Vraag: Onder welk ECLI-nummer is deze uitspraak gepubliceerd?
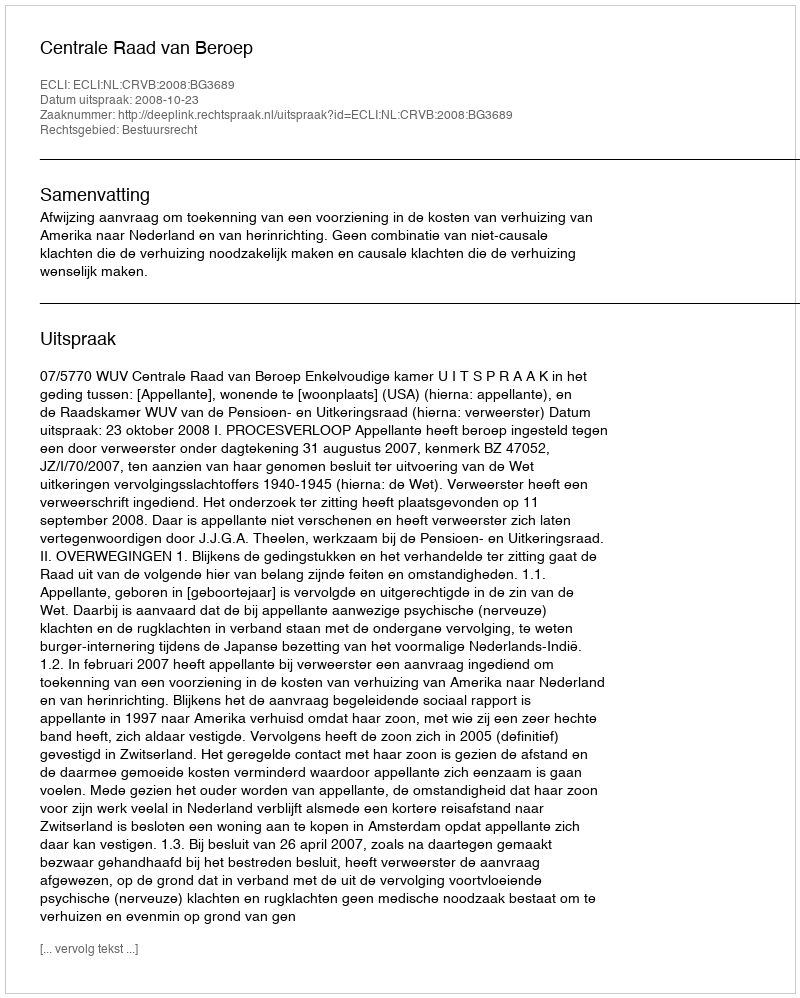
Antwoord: ECLI:NL:CRVB:2008:BG3689